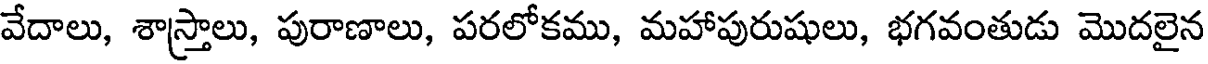
వేదాలు, శాస్త్రాలు, పురాణాలు, పరలోకము, మహాపురుషులు, భగవంతుడు మొదలైన